Vaccination in Bombay 1902-1912 - 1902-1912
Year: 1902
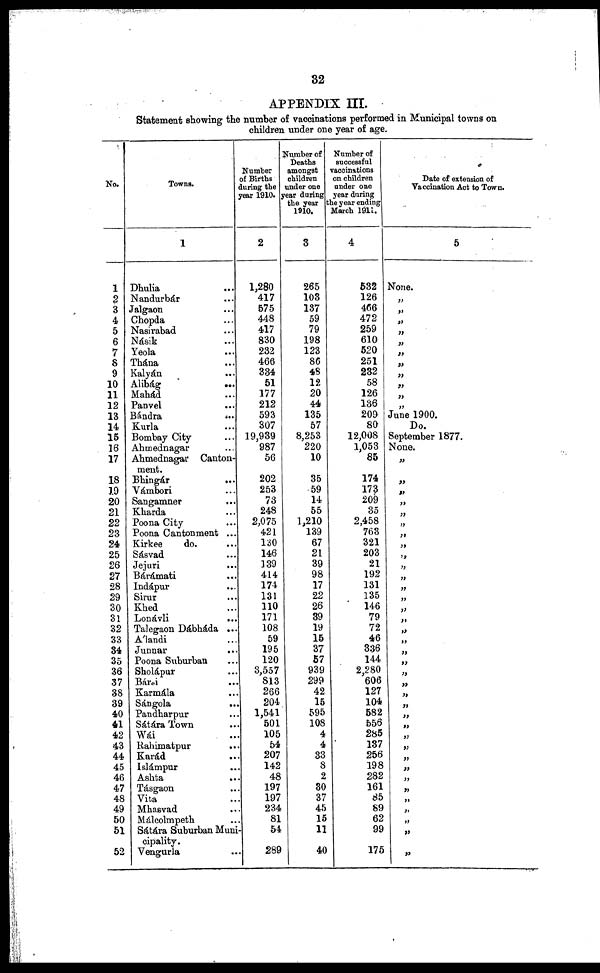
32
APPENDIX III.
Statement showing the number of vaccinations performed in Municipal towns on
children under one year of age.
No.
1
2
3
4
5
6
7
8
9
10
11
12
13
14
15
16
17
18
19
20
21
22
23
24
25
26
27
28
29
30
31
32
33
34
35
36
37
38
39
40
41
42
43
44
45
46
47
48
49
50
51
52
Towns.
1
Dhulia ...
Nandurbár ...
Jalgaon ...
Chopda ...
Nasirabad ...
Násik ...
Yeola
...
Thána ...
Kalyán ...
Alibág
...
Mahád ...
Panvel ...
Bándra
...
Kurla ...
Bombay City ...
Ahmednagar ...
Ahmednagar Canton-
ment.
Bhingár
...
Vámbori ...
Sangamner ...
Kharda ...
Poona City ...
Poona Cantonment ...
Kirkee
do. ...
Sásvad ...
Jejuri
...
Bárámati ...
Indápur ...
Sirur ...
Khed ...
Lonávli
...
Talegaon Dábháda ...
Álandi ...
Junnar ...
Poona Suburban ...
Sholápur ...
Bársi ...
Karmála ...
Sángola ...
Pandharpur ...
Sátára Town
Wái ...
Rahimatpur ...
Karád ...
Islámpur ...
Ashta ...
Tásgaon ...
Vita ...
Mhasvad ...
Málcolmpeth ...
Sátára Suburban Muni¬
cipality.
Vengurla ...
Number
of Births
during the
year 1910.
2
1,280
417
575
448
417
830
232
466
334
51
177
212
593
307
19,939
987
56
202
253
73
248
2,075
421
130
146
139
414
174
131
110
171
108
59
195
120
3,557
813
266
204
1,541
501
105
54
207
142
48
197
197
234
81
54
289
Number of
Deaths
amongst
children
under one
year during
the year
1910.
3
265
103
137
59
79
198
123
86
48
12
20
44
135
57
8,253
220
10
35
59
14
55
1,210
139
67
21
39
98
17
22
26
39
19
15
37
57
939
299
42
15
595
108
4
4
33
8
2
30
37
45
15
11
40
Number of
successful
vaccinations
on children
under one
year during
the year ending
March 1911.
4
532
126
466
472
259
610
520
251
232
58
126
136
209
80
12,008
1,053
85
174
173
209
35
2,458
763
321
203
21
192
131
135
146
79
72
46
336
144
2,280
606
127
104
582
556
285
137
256
198
282
161
85
89
62
99
175
Date of extension of
Vaccination Act to Town.
5
None.
„
„
„
„
„
„
„
„
„
„
„
June 1900.
Do.
September 1877.
None.
„
„
„
„
„
„
„
„
„
„
„
„
„
„
„
„
„
„
„
„
„
„
„
„
„
„
„
„
„
„
„
„
„
„
„
„